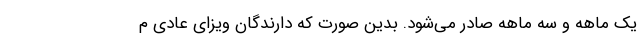
یک ماهه و سه ماهه صادر می‌شود. بدین صورت که دارندگان ویزای عادی م